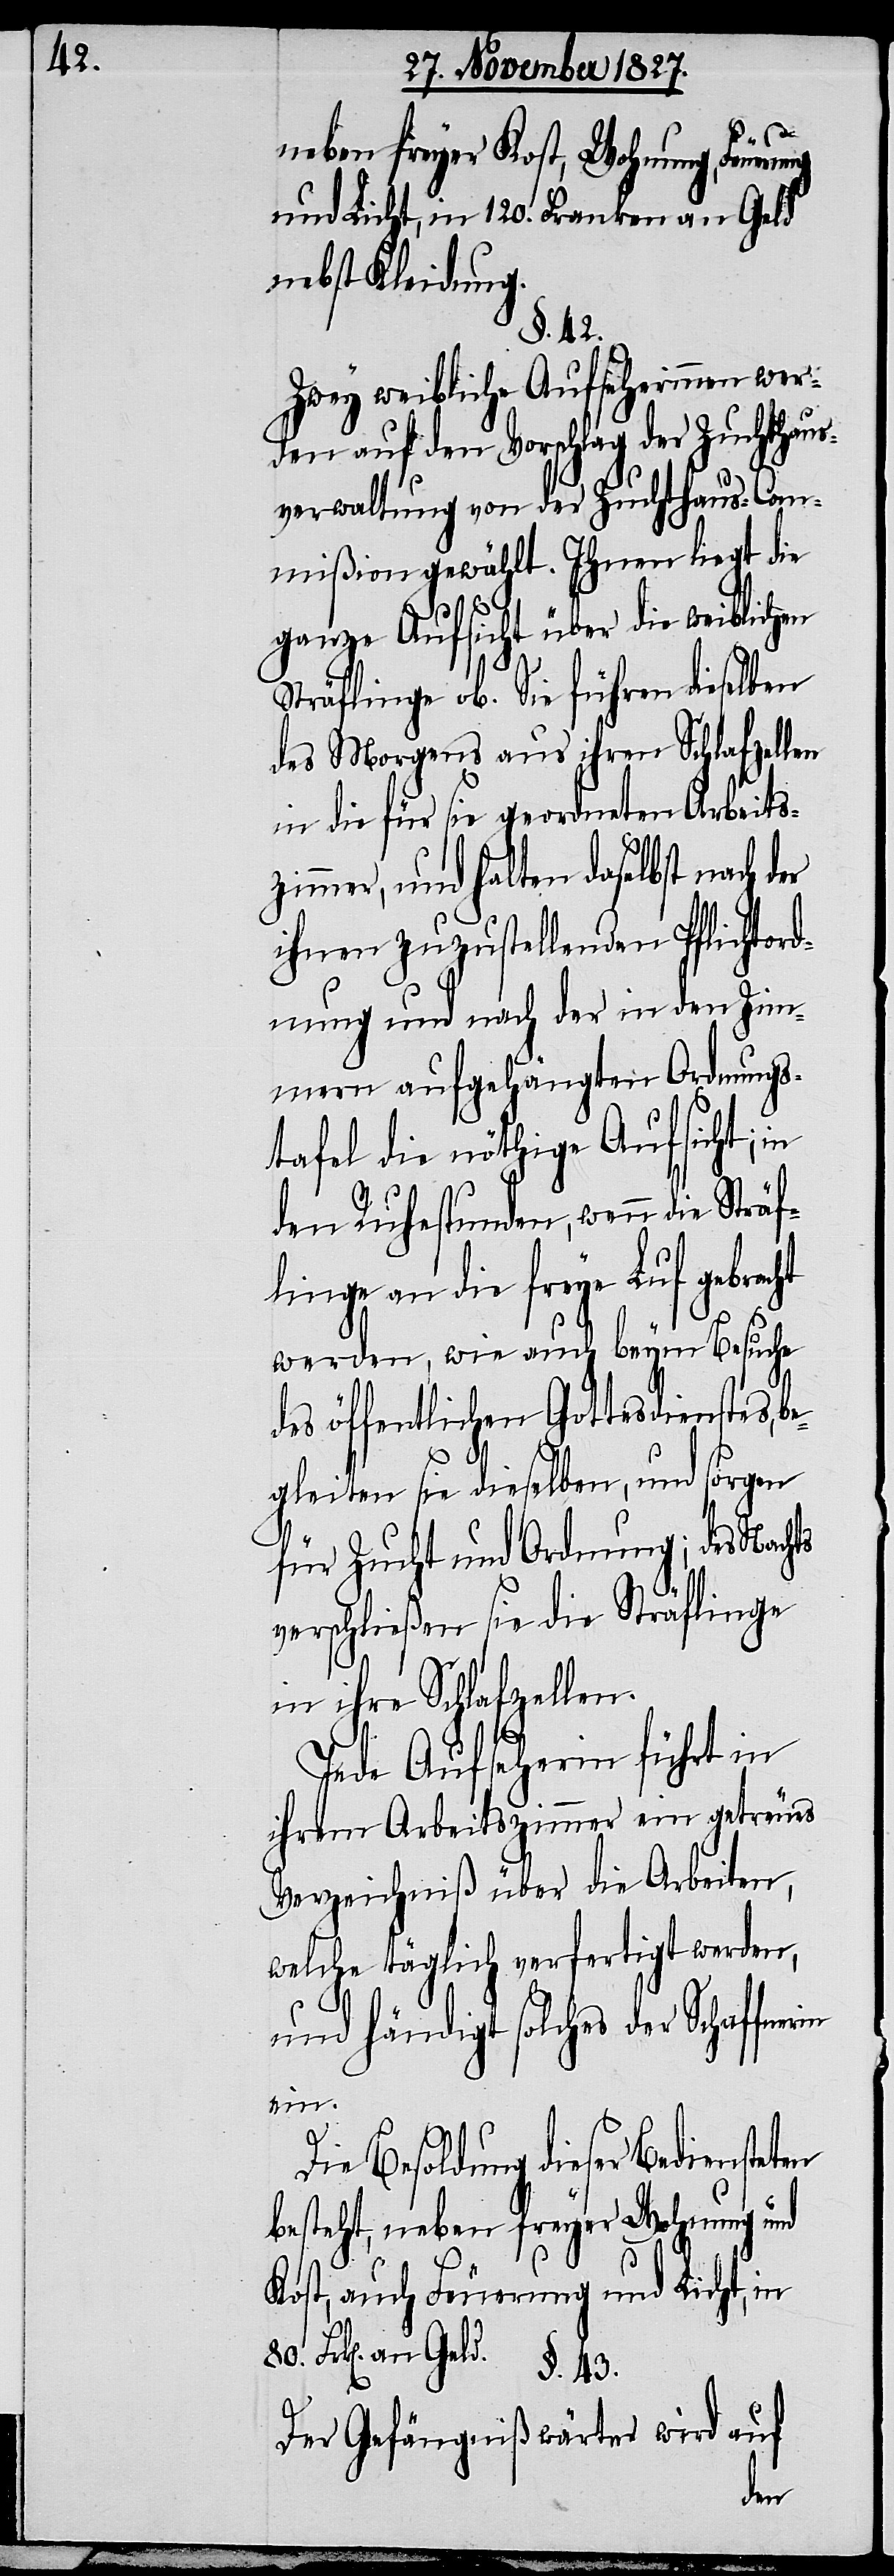
Geld.
neben freyer Kost, Wohnung, Feuerung
und Licht, in 120. Franken an Geld
nebst Kleidung.
§. 42.
Zwei weibliche Aufseherinnen wer¬
den auf den Vorschlag der Zuchthaus¬
verwaltung von der Zuchthaus-Com¬
mißion gewählt. Ihnen liegt die
ganze Aufsicht über die weiblichen
Sträflinge ob. Sie führen dieselben
des Morgens aus ihren Schlafzellen
in die für sie geordneten Arbeits¬
zimmer, und halten daselbst nach der
ihnen zuzustellenden Pflichtord¬
nung und nach der in den Zim¬
mern aufgehängten Ordnungs¬
tafel die nöthige Aufsicht; in
den Ruhestunden, wenn die Sträf¬
linge an die freye Luf [sic]
werden, wie auch beym Besuche
des öffentlichen Gottesdienstes, b¬
egleiten sie dieselben, und sorgen
für Zucht und Ordnung; des Nachts
verschließen sie die Sträflinge
in ihre Schlafzellen.
Jede Aufseherin führt in
ihrem Arbeitszimmer ein getreues
Verzeichniß über die Arbeiten,
welche täglich verfertigt werden,
und händigt solches der Schaffne¬
ten
Die Besoldung dieser Bedienste¬
besteht, neben freyer Wohnung und
Kost, auch Feuerung und Licht, in
80. Frk[en]. an
§. 43.
Der Gefängnißwärter wird auf